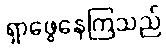
ရှာဖွေနေကြသည်